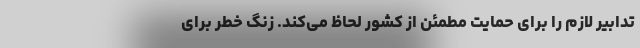
تدابیر لازم را برای حمایت مطمئن از کشور لحاظ می‌کند. زنگ خطر برای